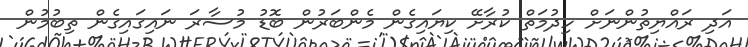
އަދި ރައްޔިތުންނަށް ހިދުމަތް ކުރާށޭ ކިޔައިގެން މެންބަރުން ބޮޑު މުސާރަ ނައިގައިގެން ތިބުމުން